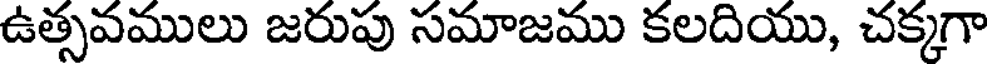
ఉత్సవములు జరుపు సమాజము కలదియు, చక్కగా